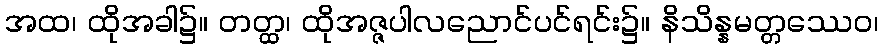
အထ၊ ထိုအခါ၌။ တတ္ထ၊ ထိုအဇ္ဇပါလညောင်ပင်ရင်း၌။ နိသိန္နမတ္တဿေဝ၊